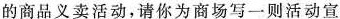
的商品义卖活动，请你为商场写一则活动宣